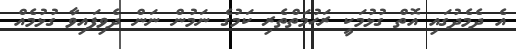
އެ ދެމެދުގައި އޮތް ގުޅުމަކީ ރަޙުމަތްތެރި ކަމުގެ ނަމުން ނަން ދެވިފައިވާ ގުޅުމެއް